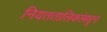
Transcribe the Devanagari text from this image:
नियततालिकांमधून